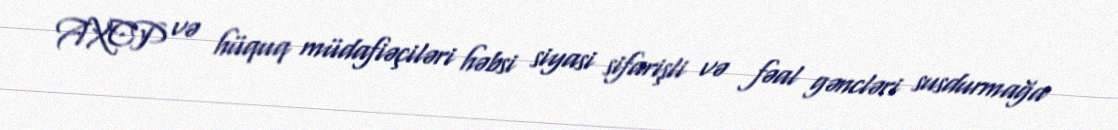
AXCP və hüquq müdafiəçiləri həbsi siyasi sifarişli və fəal gəncləri susdurmağa